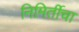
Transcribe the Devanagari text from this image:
निमिर्तीचा